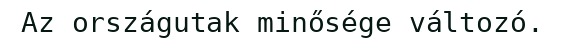
Az országutak minősége változó.